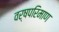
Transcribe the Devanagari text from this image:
वर्षपरिमाण